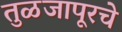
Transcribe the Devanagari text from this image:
तुळजापूरचे